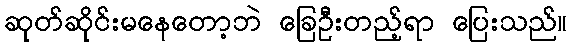
ဆုတ်ဆိုင်းမနေတော့ဘဲ ခြေဦးတည့်ရာ ပြေးသည်။